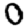
Digit: 0